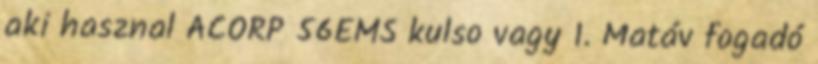
aki hasznal ACORP 56EMS kulso vagy 1. Matáv fogadó